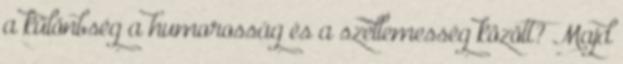
a különbség a humorosság és a szellemesség között? Majd